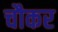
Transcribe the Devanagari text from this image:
चौकर